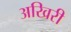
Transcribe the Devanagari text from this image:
अखिरी